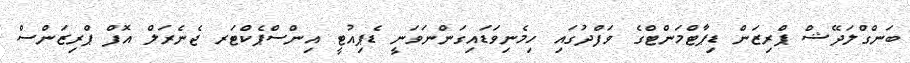
ބަންގްލަދޭޝް ޕްރިޒަން ޑިޕާޓްމަންޓްގެ ވަފްދުގައި ހިމެނިވަޑައިގަންނަވަނީ ޑެޕިއުޓީ އިންސްޕެކްޓަރ ޖެނެރަލް އޮފް ޕްރިޒަންސް